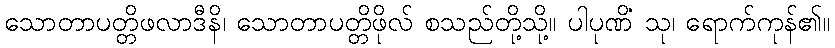
သောတာပတ္တိဖလာဒီနိ၊ သောတာပတ္တိဖိုလ် စသည်တို့သို့။ ပါပုဏိံ သု၊ ရောက်ကုန်၏။